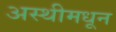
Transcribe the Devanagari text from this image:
अस्थीमधून